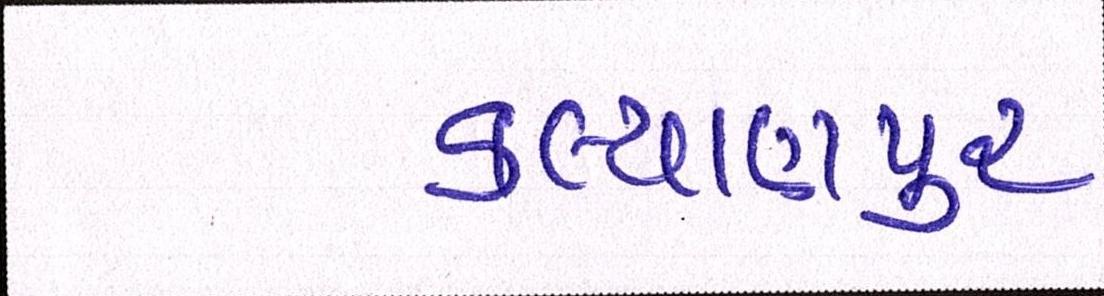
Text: કલ્યાણપુર